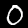
Digit: 0